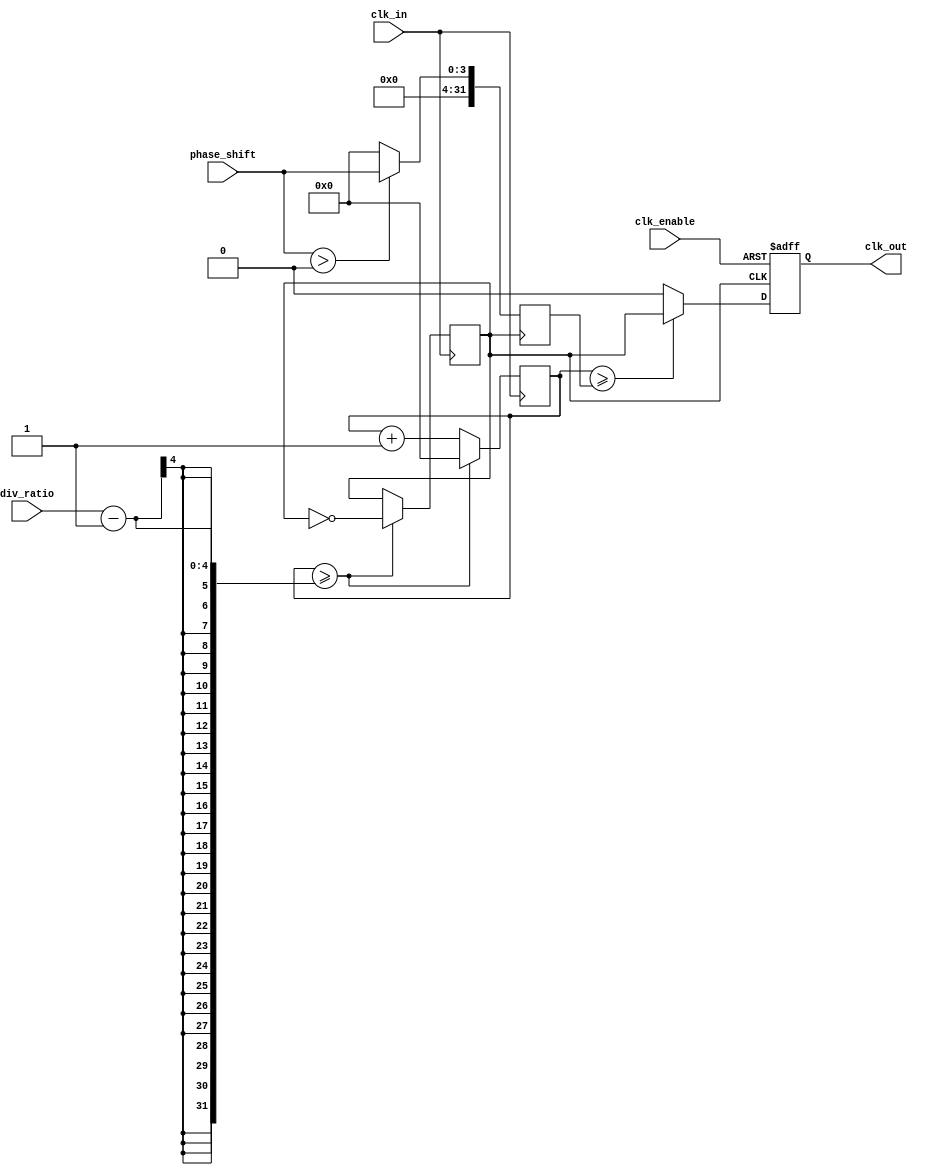
module ProgrammableClockBuffer (
    input wire clk_in,             // Primary clock input
    input wire [3:0] div_ratio,    // Division ratio for frequency division
    input wire [3:0] phase_shift,   // Phase shift control
    input wire clk_enable,          // Enable the output clock
    output reg clk_out              // Output clock
);

// Internal variables
reg [3:0] counter;
reg clk_divided;
integer phase_offset;

// Frequency division logic
always @(posedge clk_in) begin
    if (counter >= div_ratio - 1) begin
        clk_divided <= ~clk_divided;
        counter <= 0;
    end else begin
        counter <= counter + 1;
    end
end

// Phase adjustment logic
always @(posedge clk_divided) begin
    if (phase_shift > 0) begin
        phase_offset = phase_shift; // Adjust offset based on phase shift value
    end else begin
        phase_offset = 0;
    end
end

// Output clock enable/disable
always @(posedge clk_divided or negedge clk_enable) begin
    if (!clk_enable) begin
        clk_out <= 1'b0; // Disable output clock
    end else begin
        // Adjust output clock based on phase offset
        clk_out <= (counter >= phase_offset) ? clk_divided : 1'b0;
    end
end

// Reset logic (optional)
initial begin
    clk_divided = 1'b0;
    counter = 0;
    clk_out = 1'b0;
end

endmodule